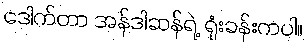
ဒေါက်တာ အန်ဒါဆန်ရဲ့ ရုံးခန်းကပါ။